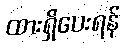
ထားရှိပေးရန်